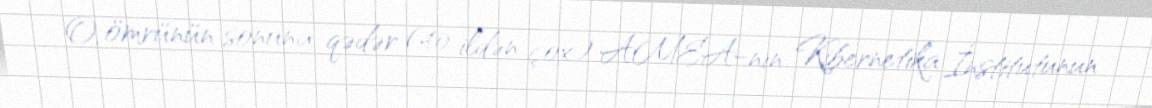
O, ömrünün sonuna qədər (40 ildən çox) AMEA-nın Kibernetika İnstitutunun